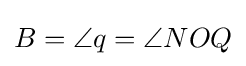
B=\angle q=\angle NOQ